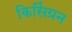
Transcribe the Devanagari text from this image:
किसिंग्रन